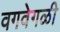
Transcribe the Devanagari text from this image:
वगवेगळी